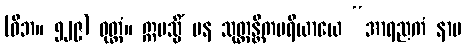
(ဝိဘ။ ၅၂၉) ဝုတ္တံ။ ဣမသ္မိံ ပန သုတ္တန္တိကပရိယာယေ “အာရညကံ နာမ